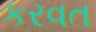
કરવત